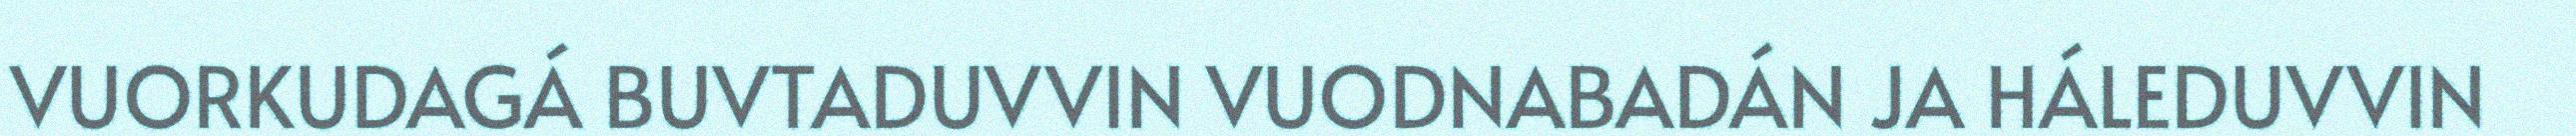
VUORKUDAGÁ BUVTADUVVIN VUODNABADÁN JA HÁLEDUVVIN